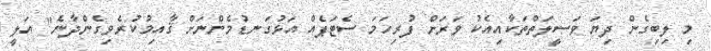
މި ލިބިގެން ދިޔަ ވަސީލަތްތަކާއިއެކު ވަރަށް ފުރިހަމަ ސެޓަޕެއް އަޅުގަނޑުމެންނަށް ޤާއިމުކުރެވިގެންދާނެ" އަލީ